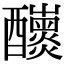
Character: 𨤁